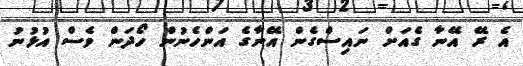
އެ ރޭ އޭނާ ގެއަށް ނައިސްގެން އޭނާގެ އަންހެނުން ހޯދަން ވެސް އުޅުނު